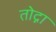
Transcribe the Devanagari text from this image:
तोद्ना